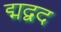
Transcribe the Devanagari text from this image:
द्मद्वद